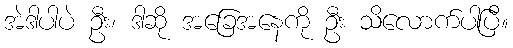
အဲဒါပါပဲ ဦး၊ ဒါဆို အခြေအနေကို ဦး သိလောက်ပါပြီ။